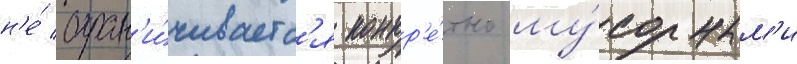
н'е́ огран'и́чиваетс'я конкр'е́тно му́сорным'и